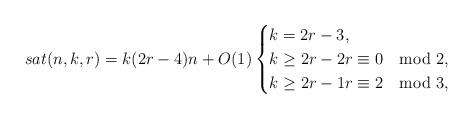
LaTeX: \begin{align*}sat(n,k,r) = k(2r-4)n + O(1)\begin{cases}k = 2r-3,\\k \ge 2r-2 r \equiv 0 \mod 2,\\k \ge 2r-1 r \equiv 2 \mod 3,\end{cases}\end{align*}